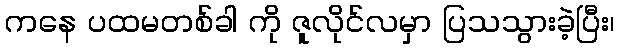
ကနေ ပထမတစ်ခါ ကို ဇူလိုင်လမှာ ပြသသွားခဲ့ပြီး၊